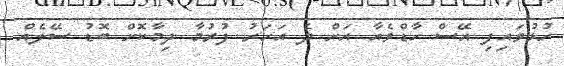
ހުޅުވައިފި އޭސް ހާޑްވެއާ އަށް ދެ އަހަރު ފުރުމާ ދިމާކޮށް ބޮޑު ސޭލެއް